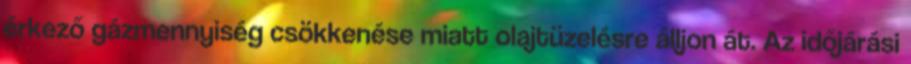
érkező gázmennyiség csökkenése miatt olajtüzelésre álljon át. Az időjárási